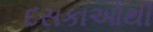
દસકાઓથી